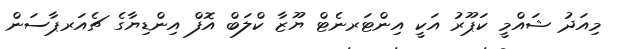
މިއަދު ޝައްމީ ކަޕޫރު އަކީ އިންޓަރނެޓް ޔޫޒާ ކްލަބް އޮފް އިންޑިޔާގެ ޗެއަރޕާސަން